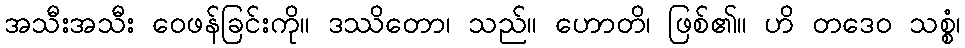
အသီးအသီး ဝေဖန်ခြင်းကို။ ဒဿိတော၊ သည်။ ဟောတိ၊ ဖြစ်၏။ ဟိ တဒေဝ သစ္စံ၊